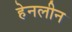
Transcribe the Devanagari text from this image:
हेनलीन